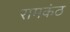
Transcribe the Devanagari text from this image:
रामकंठ